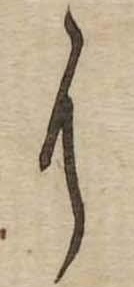
に